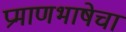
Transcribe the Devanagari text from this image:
प्रमाणभाषेचा